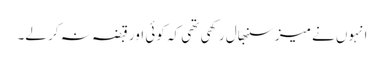
انہوں نے میز سنبھال رکھی تھی کہ کوئی اور قبضہ نہ کر لے۔